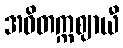
အဝိတက္ကဈာယီ